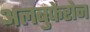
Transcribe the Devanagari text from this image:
अलबुफेरोन